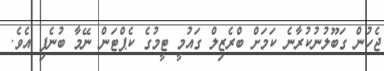
ޖެހުން ގަބޫލުނުކުރާނެ ކަމަށް ބްރެޒިލް ގައުމީ ޓީމުގެ ކެޕްޓަން ނޭމާ ބުނެފި އެވެ.